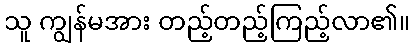
သူ ကျွန်မအား တည့်တည့်ကြည့်လာ၏။